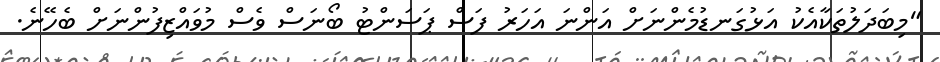
"މިބަދަލުތަކާއެކު އަޅުގަނޑުމެންނަށް އަންނަ އަހަރު ފަސް ޕަސަންޓު ބޯނަސް ވެސް މުވައްޒިފުންނަށް ބެހޭނެ.